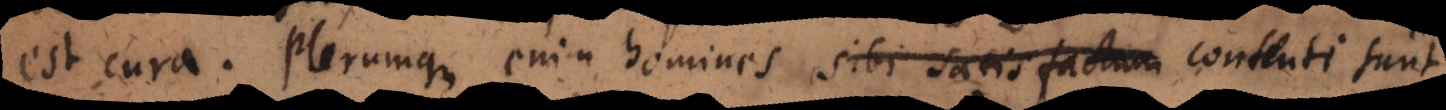
est cura. Plerumque enim homines sibi satisfactum putant cont